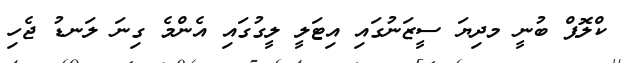
ކްލޮޕް ބުނީ މދިޔަ ސީޒަނުގައި އިޓަލީ ލީގުގައި އެންމެ ގިނަ ލަނޑު ޖެހި